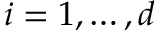
i = 1 , \ldots , d